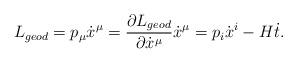
LaTeX: \begin{align*} L_{geod} = p_\mu \dot{x}^\mu = \frac{\partial L_{geod}}{\partial \dot{x}^\mu} \dot{x}^\mu = p_i \dot{x}^i - H \dot{t}.\end{align*}